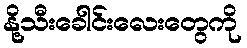
နို့သီးခေါင်းလေးတွေကို